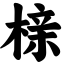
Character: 榇